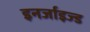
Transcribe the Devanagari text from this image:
इनर्जाइज्ड